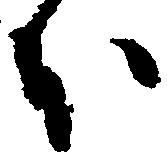
本